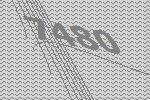
7480